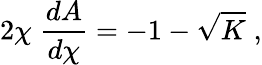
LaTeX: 2\chi\; \frac{dA}{d\chi}=-1-\sqrt{K}\; ,